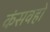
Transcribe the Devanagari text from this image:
कंसवहो